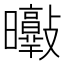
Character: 𣌘